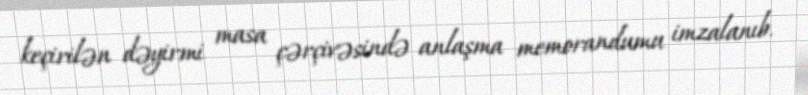
keçirilən dəyirmi masa çərçivəsində anlaşma memorandumu imzalanıb.